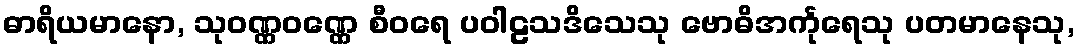
ဓာရိယမာနော, သုဝဏ္ဏဝဏ္ဏေ စီဝရေ ပဝါဠသဒိသေသု ဗောဓိအင်္ကုရေသု ပတမာနေသု,